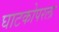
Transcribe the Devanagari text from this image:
घाटकोपरला